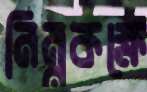
নিম্নকক্ষে